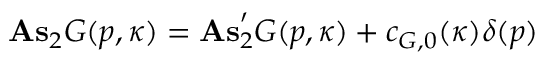
\mathrm { \bf A s } _ { 2 } G ( p , \kappa ) = \mathrm { \bf A s } _ { 2 } ^ { \prime } G ( p , \kappa ) + c _ { G , 0 } ( \kappa ) \delta ( p )